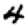
Digit: 4